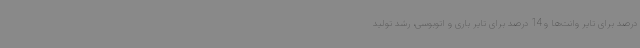
درصد برای تایر وانت‌ها و 14 درصد برای تایر باری و اتوبوسی، رشد تولید